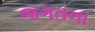
જગતના